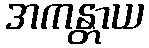
အကန္တာယ